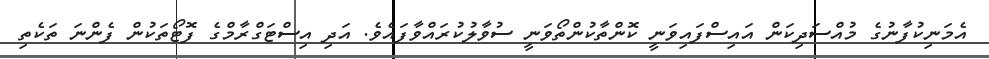
އެމަނިކުފާނުގެ މުއްސަދިކަން އައިސްފައިވަނީ ކޮންތާކުންތޯވަނީ ސުވާާލުކުރައްވާފައެވެ. އަދި އިސްޓަގްރާމްގެ ފޮޓޯތަކުން ފެންނަ ތަކެތި